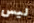
ليس